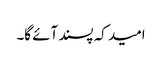
امید کہ پسند آئے گا۔